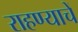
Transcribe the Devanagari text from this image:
राहण्याचें